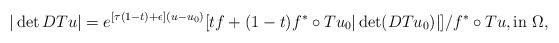
LaTeX: \begin{align*} |\det DTu| = e^{[\tau (1-t)+\epsilon](u-u_0)}[tf+(1-t)f^*\circ Tu_0|\det(DTu_0)|]/f^*\circ Tu, {\rm in} \ \Omega,\\ \end{align*}